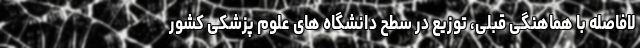
لافاصله با هماهنگی قبلی، توزیع در سطح دانشگاه های علوم پزشکی کشور